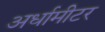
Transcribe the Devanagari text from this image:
अर्धामीटर